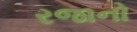
રજાનો